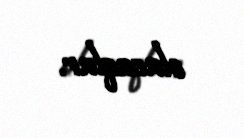
olacaqlar.